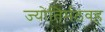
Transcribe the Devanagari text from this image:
ज्योतिर्मठवह